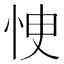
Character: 㤤